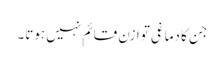
جن کا دماغی توازن قائم نہیں ہوتا۔